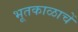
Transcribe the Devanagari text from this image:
भूतकाळाचें